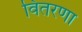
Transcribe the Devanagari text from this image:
वितरणा